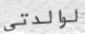
لوالدتي